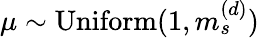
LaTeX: \mu\sim\mathrm{Uniform}(1,m_{s}^{(d)})